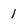
Character: 1